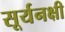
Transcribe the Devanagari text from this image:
सूर्यनक्षी